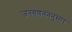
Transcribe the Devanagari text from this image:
जनगणननेनुसार